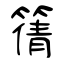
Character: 篟